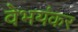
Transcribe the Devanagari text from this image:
वेभयंकर